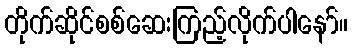
တိုက်ဆိုင်စစ်ဆေးကြည့်လိုက်ပါနော်။